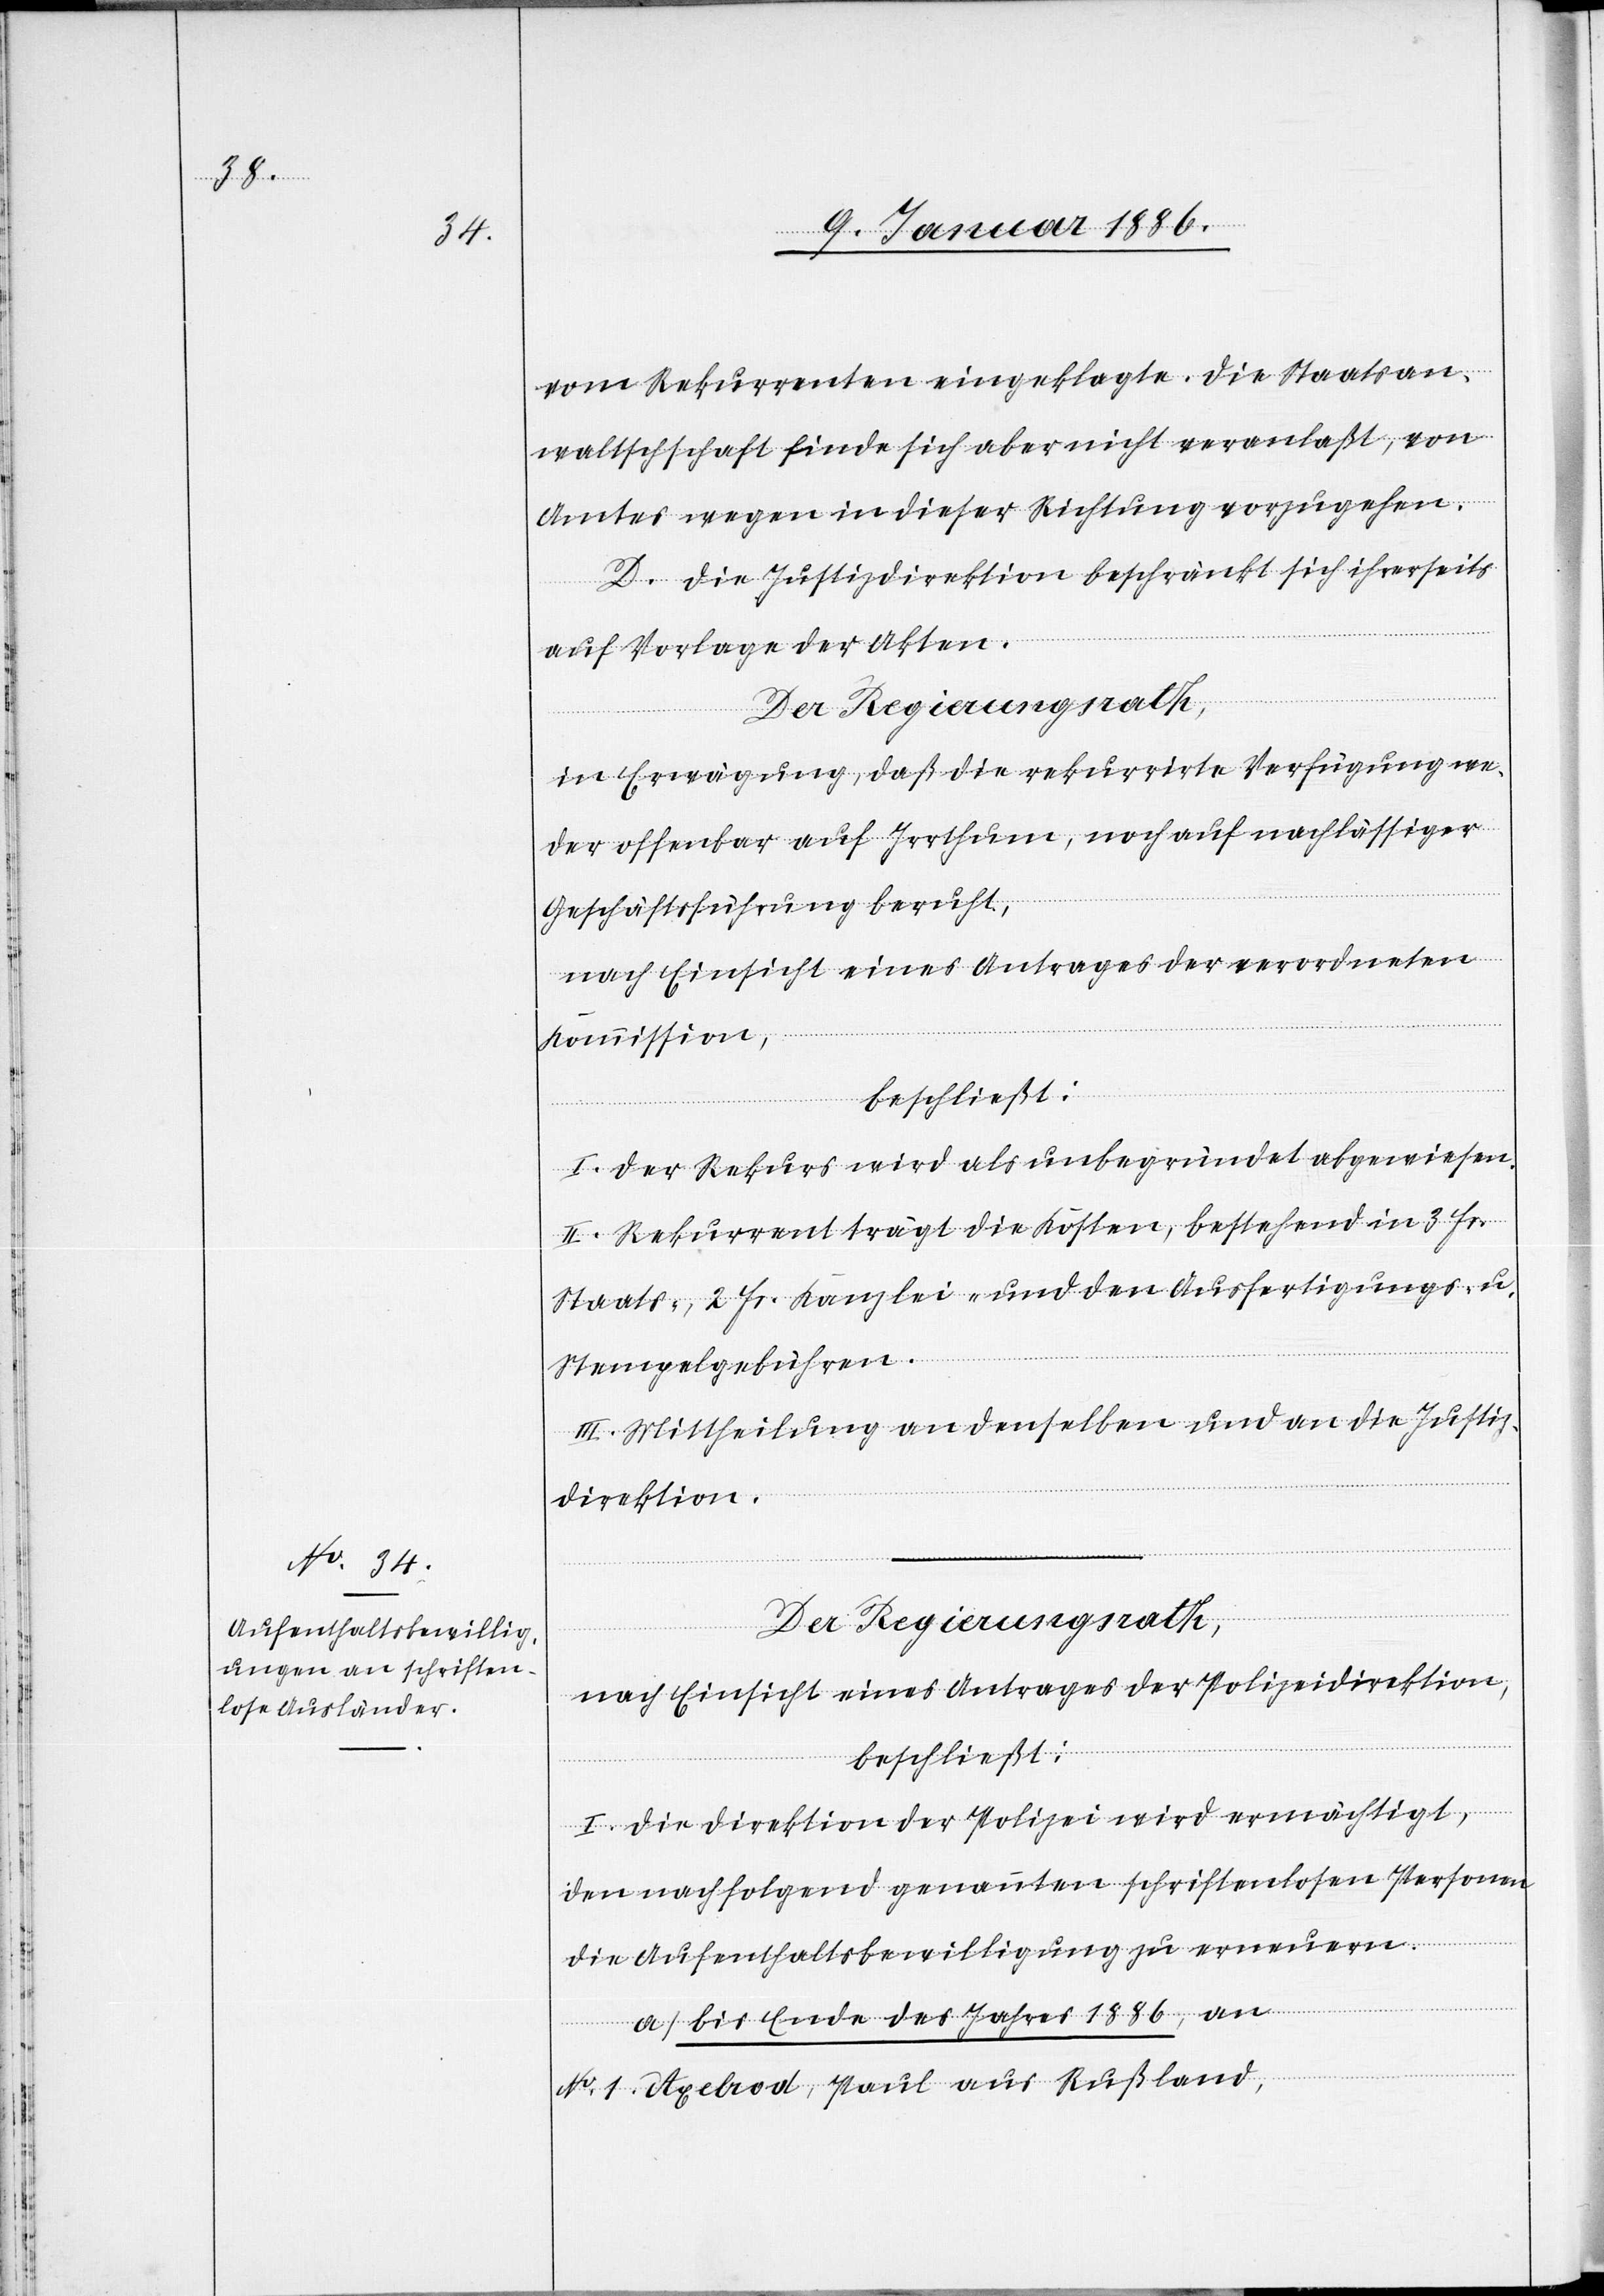
vom Rekurrenten eingeklagte. Die Staatsan¬
waltschaft finde sich aber nicht veranlaßt, von
Amtes wegen in dieser Richtung vorzugehen.
D. Die Justizdirektion beschränkt sich ihrerseits
auf Vorlage der Akten.
in Erwägung, daß die rekurrirte Verfügung we¬
der offenbar auf Irrthum, noch auf nachlässiger
Geschäftsführung beruht,
nach Einsicht eines Antrages der verordneten
Kommission,
beschließt:
I. Der Rekurs wird als unbegründet abgewiesen.
II. Rekurrent trägt die Kosten, bestehend in 3 Fr.
Staats-, 2 Fr. Kanzlei- und den Ausfertigungs- u.
Stempelgebühren.
III. Mittheilung an denselben und an die Justiz¬
direktion.
Der Regierungsrath,
nach Einsicht eines Antrages der Polizeidirektion,
beschließt:
I. Die Direktion der Polizei wird ermächtigt,
den nachfolgenden genannten schriftenlosen Personen
die Aufenthaltsbewilligung zu erneuern.
aus
a) Bis Ende des Jahres 1886, an